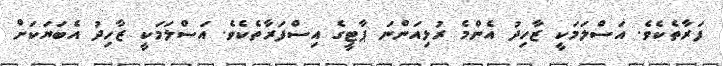
ފަރާތެކެވެ. އަސްލަމަކީ ޒާހިދު އެންމެ ރުޅިއަންނަ ޕާޓީގެ އިސްފަރާތެކެވެ. އަސްލަމަކީ ޒާހިދު އެބަޔަކަށް